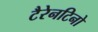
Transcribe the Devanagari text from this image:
टैरेनटिनो